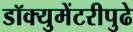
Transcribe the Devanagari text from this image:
डॉक्युमेंटरीपुढे